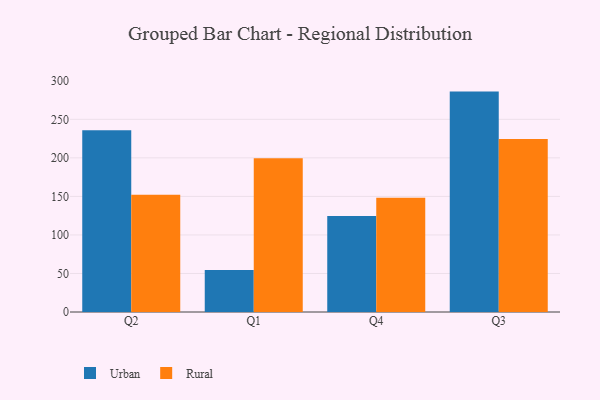
{"axis": {"x": "Quarter", "y": "Demand Index"}, "legend": ["Rural", "Urban"], "data": [{"x": "Q2", "y": 236.0, "type": "Urban"}, {"x": "Q2", "y": 152.1, "type": "Rural"}, {"x": "Q1", "y": 54.6, "type": "Urban"}, {"x": "Q1", "y": 199.4, "type": "Rural"}, {"x": "Q4", "y": 124.7, "type": "Urban"}, {"x": "Q4", "y": 148.3, "type": "Rural"}, {"x": "Q3", "y": 286.0, "type": "Urban"}, {"x": "Q3", "y": 224.6, "type": "Rural"}]}